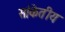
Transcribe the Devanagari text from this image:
सांकेतीय